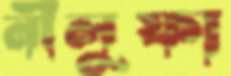
নীলুফা